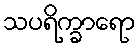
သပရိက္ခာရော